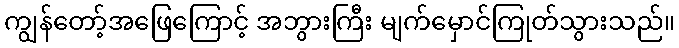
ကျွန်တော့်အဖြေကြောင့် အဘွားကြီး မျက်မှောင်ကြုတ်သွားသည်။